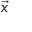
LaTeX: ~ { \vec { x } }